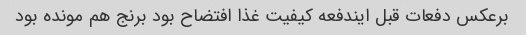
برعکس دفعات قبل ایندفعه کیفیت غذا افتضاح بود برنج هم مونده بود